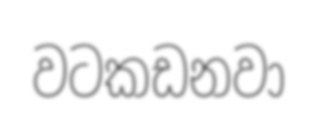
වටකඩනවා